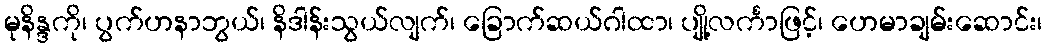
မုနိန္ဒကို၊ ပွက်ဟနာဘွယ်၊ နိဒါန်းသွယ်လျက်၊ ခြောက်ဆယ်ဂါထာ၊ ပျို့လင်္ကာဖြင့်၊ ဟေမာချမ်းဆောင်း၊